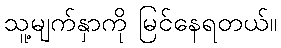
သူ့မျက်နှာကို မြင်နေရတယ်။